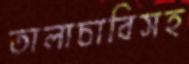
তালাচাবিসহ